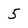
Character: 5